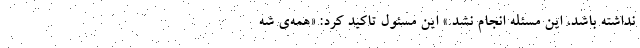
نداشته باشد، این مسئله انجام نشد.» این مسئول تاکید کرد: «همه‌ی شه